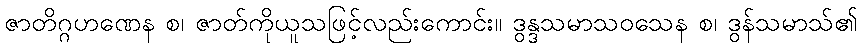
ဇာတိဂ္ဂဟဏေန စ၊ ဇာတ်ကိုယူသဖြင့်လည်းကောင်း။ ဒွန္ဒသမာသဝသေန စ၊ ဒွန်သမာသ်၏